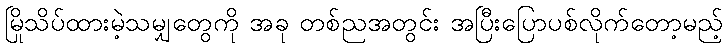
မြိုသိပ်ထားမဲ့သမျှတွေကို အခု တစ်ညအတွင်း အပြီးပြောပစ်လိုက်တော့မည့်